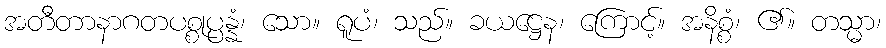
အတီတာနာဂတပစ္စုပ္ပန္နံ၊ သော။ ရူပံ၊ သည်။ ခယဋ္ဌေန၊ ကြောင့်။ အနိစ္စံ၊ ၏။ တသ္မာ၊